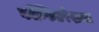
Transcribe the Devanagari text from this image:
कॉन्फिडरेशन्स